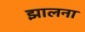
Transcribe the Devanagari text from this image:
झालना